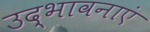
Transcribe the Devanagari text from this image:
उद्भावनाएं